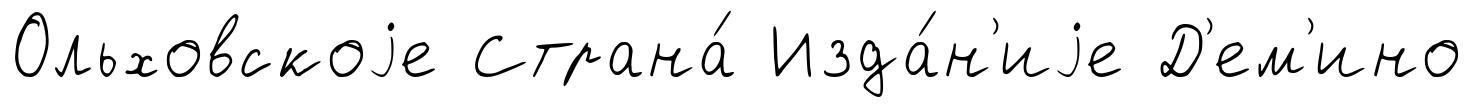
Ольховскоjе Страна́ Изда́н'иjе Д'ем'ино